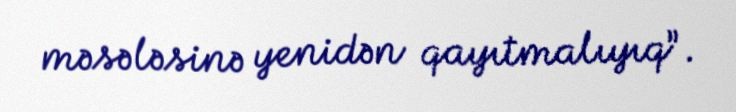
məsələsinə yenidən qayıtmalıyıq”.